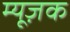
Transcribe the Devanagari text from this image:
म्यूज़क